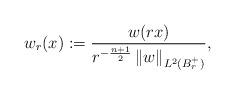
LaTeX: \begin{align*}w_r(x) := \frac{w(rx)}{r^{- \frac{n+1}{2}} \left\| w \right\|_{L^2(B_{r}^+)}},\end{align*}